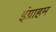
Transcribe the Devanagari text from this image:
इंग्राहम